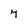
Character: 7